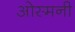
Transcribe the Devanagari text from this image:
ओस्मनी